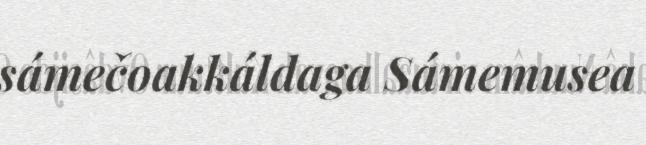
sámečoakkáldaga Sámemusea